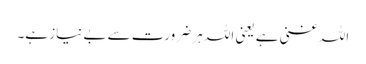
اللہ غنی ہے یعنی اللہ ہر ضرورت سے بے نیاز ہے۔